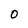
Character: O